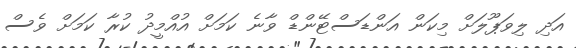
އަދި ލިވަޕޫލަށް މިކަން އަންޑަސްޓޭންޑް ވާނެ ކަމަށް އުއްމީދު ކުރާ ކަމަށް ވެސް